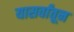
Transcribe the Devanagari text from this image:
यासर्वांतून